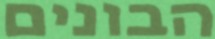
הבונים